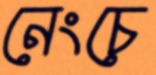
নেংচে